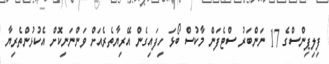
ފިލިޕިންސްގެ 17 ނަންބަރު ސްޓެފަން މާކުސް ބޯޅަ ހިފައިގެން އޭރިޔާތެރެއަށް ވަންނަނިކޮށް އެކުޅުންތެރިޔާ